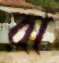
রা